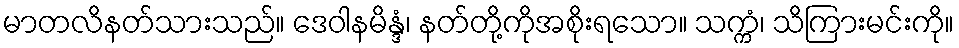
မာတလိနတ်သားသည်။ ဒေဝါနမိန္ဒံ၊ နတ်တို့ကိုအစိုးရသော။ သက္ကံ၊ သိကြားမင်းကို။